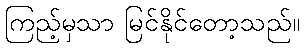
ကြည့်မှသာ မြင်နိုင်တော့သည်။